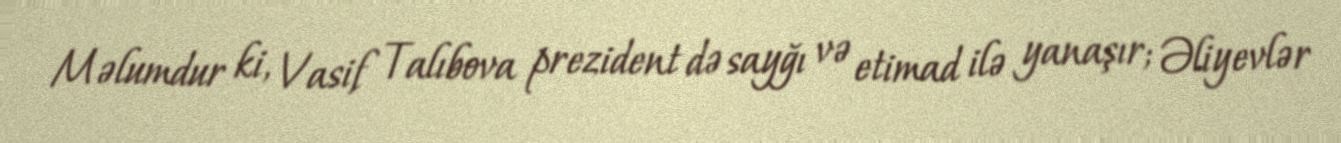
Məlumdur ki, Vasif Talıbova prezident də sayğı və etimad ilə yanaşır; Əliyevlər